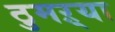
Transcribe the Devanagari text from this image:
ठुमऱ्या